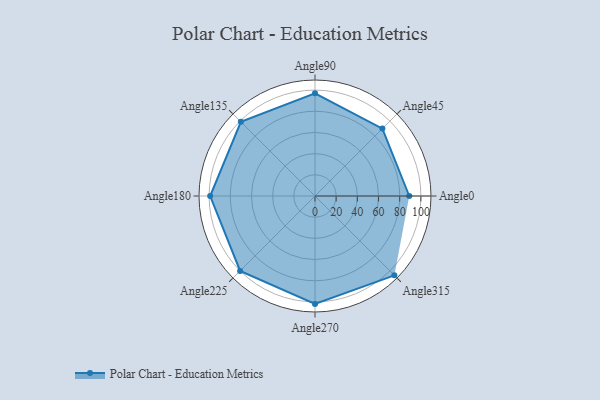
{"axis": {"x": "Angle", "y": "Radius"}, "legend": [""], "data": [{"x": "Angle0", "y": 89.0, "type": ""}, {"x": "Angle45", "y": 90.0, "type": ""}, {"x": "Angle90", "y": 97.0, "type": ""}, {"x": "Angle135", "y": 99.0, "type": ""}, {"x": "Angle180", "y": 99.0, "type": ""}, {"x": "Angle225", "y": 100.0, "type": ""}, {"x": "Angle270", "y": 102.0, "type": ""}, {"x": "Angle315", "y": 106.0, "type": ""}]}